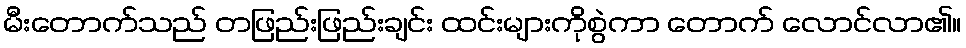
မီးတောက်သည် တဖြည်းဖြည်းချင်း ထင်းများကိုစွဲကာ တောက် လောင်လာ၏။